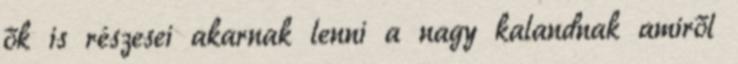
ők is részesei akarnak lenni a nagy kalandnak amiről